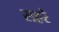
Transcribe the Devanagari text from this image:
सहरे